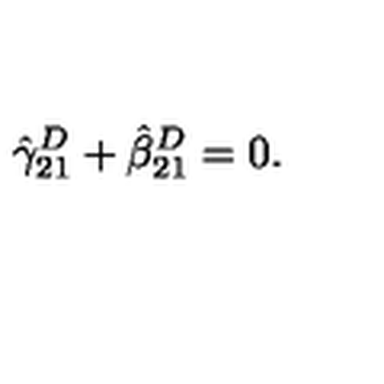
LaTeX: \hat { \gamma } _ { 2 1 } ^ { D } + \hat { \beta } _ { 2 1 } ^ { D } = 0 .